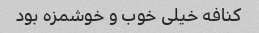
کنافه خیلی خوب و خوشمزه بود